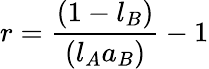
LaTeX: r={\frac{(1-l_{B})}{(l_{A}a_{B})}}-1